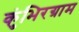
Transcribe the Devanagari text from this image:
कुंभिरग्राम